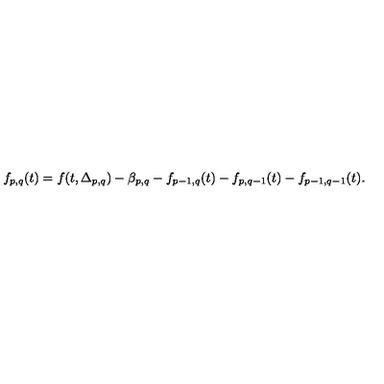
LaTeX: f _ { p , q } ( t ) = f ( t , \Delta _ { p , q } ) - \beta _ { p , q } - f _ { p - 1 , q } ( t ) - f _ { p , q - 1 } ( t ) - f _ { p - 1 , q - 1 } ( t ) .